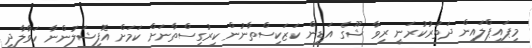
މިޕައިޕްލައިން ދަތުރުކުރަނީ ރިވާ ޝޫގެ އަޑިން ކަޒަކިސްތާނުން ކިރުގިސްތާނަށް ކަމަށް އޮފިޝަލުންނާ ހަވާލާދީ